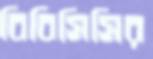
বিবিসিসির